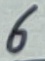
Text: 6